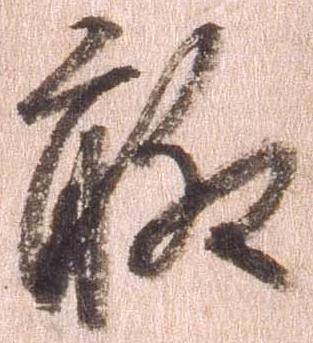
聊